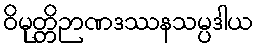
ဝိမုတ္တိဉာဏဒဿနသမ္ပဒါယ